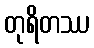
တုရိတဿ